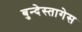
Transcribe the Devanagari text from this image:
बुन्देस्तागेस